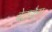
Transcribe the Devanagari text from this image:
बेटाकैम